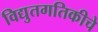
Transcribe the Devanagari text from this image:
विद्युतगतिकीचे